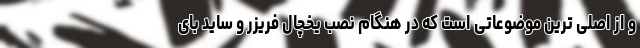
و از اصلی ترین موضوعاتی است که در هنگام نصب یخچال فریزر و ساید بای